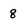
Character: 8